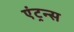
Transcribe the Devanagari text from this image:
एंट्रन्स